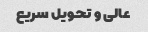
عالی و تحویل سریع